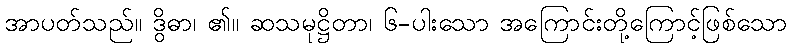
အာပတ်သည်။ ဒွိဓာ၊ ၏။ ဆသမုဋ္ဌိတာ၊ ၆-ပါးသော အကြောင်းတို့ကြောင့်ဖြစ်သော